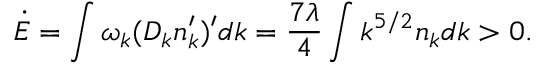
\dot { E } = \int \omega _ { k } ( D _ { k } n _ { k } ^ { \prime } ) ^ { \prime } d k = \frac { 7 \lambda } { 4 } \int k ^ { 5 / 2 } n _ { k } d k > 0 .